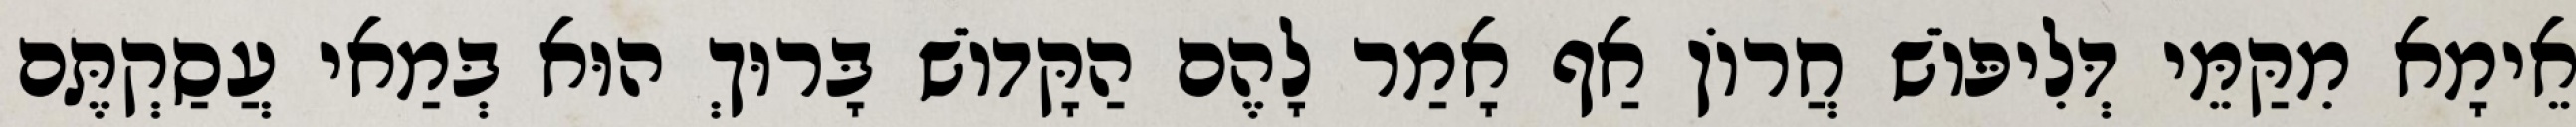
אֵימָא מִקַּמֵּי דְּלִיפּוֹשׁ חֲרוֹן אַף אָמַר לָהֶם הַקָּדוֹשׁ בָּרוּךְ הוּא בְּמַאי עֲסַקְתֶּם